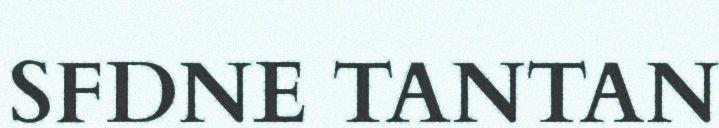
SFDNE TANTAN